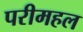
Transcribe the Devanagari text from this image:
परीमहल